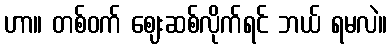
ဟာ။ တစ်ဝက် ဈေးဆစ်လိုက်ရင် ဘယ် ရမလဲ။